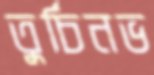
তুর্চিনভ